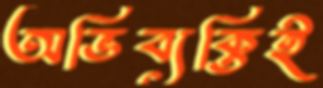
অভিব্যক্তিই